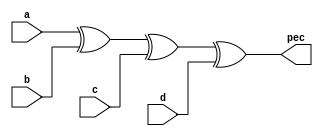
`timescale 1ns / 1ps

module inv(
    input a,
    input b,
    input c,
    input d,
    output pec
);
    
assign pec = a^b^c^d;
endmodule